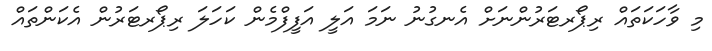
މި ވާހަކަތައް ރިޕޯރޓަރުންނަށް އެނގުނު ނަމަ އަލީ އަފީފްމެން ކަހަލަ ރިޕޯރޓަރުން އެކަންތައް